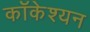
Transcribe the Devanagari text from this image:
कॉकेश्यन